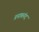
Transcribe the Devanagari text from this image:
प्रनाबनंद